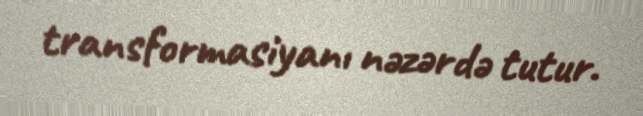
transformasiyanı nəzərdə tutur.